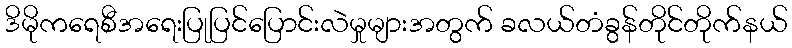
ဒိမိုကရေစီအရေးပြုပြင်ပြောင်းလဲမှုများအတွက် ခလယ်တံခွန်တိုင်တိုက်နယ်